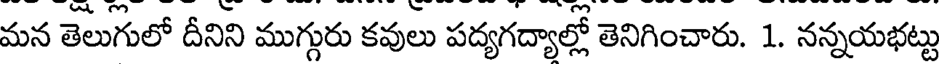
మన తెలుగులో దీనిని ముగ్గురు కవులు పద్యగద్యాల్లో తెనిగించారు. 1. నన్నయభట్టు